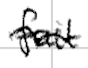
Text: fail
Cross-out: wave
Writing tool: digital_black